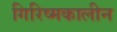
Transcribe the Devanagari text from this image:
गिरिष्मकालीन